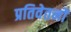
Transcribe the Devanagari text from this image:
प्रतिवेतनों